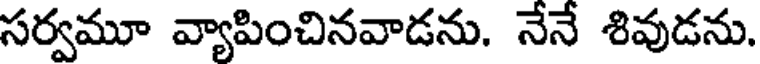
సర్వమూ వ్యాపించినవాడను. నేనే శివుడను.